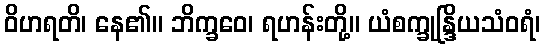
ဝိဟရတိ၊ နေ၏။ ဘိက္ခဝေ၊ ရဟန်းတို့။ ယံစက္ခုန္ဒြိယသံဝရံ၊